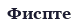
Фиспте